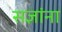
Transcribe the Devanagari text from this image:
सज्ञांना